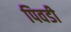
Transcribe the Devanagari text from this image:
पिवडी